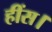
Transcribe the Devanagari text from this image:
हींस।